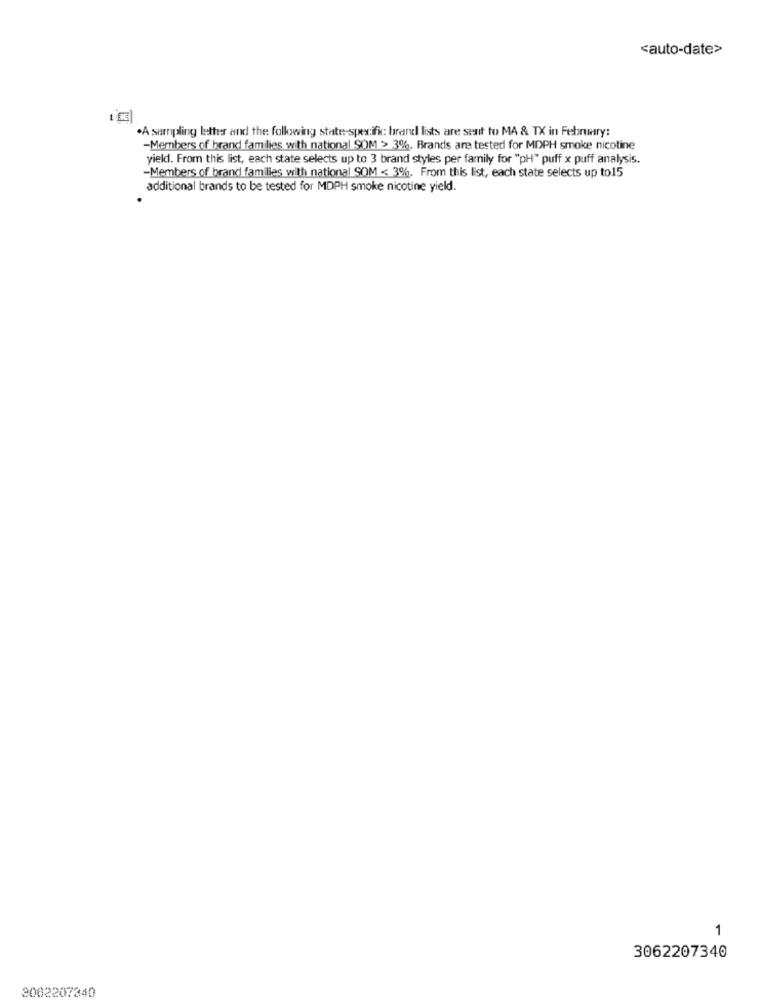
<auto-date>
A sampling letter and the following state-specific brand lists are sent to MA & TX in February:
-Members of brand families with national SOM > 3%. Brands are tested for MDPH smoke nicotine
yield. From this list, each state selects up to 3 brand styles per farnily for "pH" puff x puff analysis.
-Members of brand families with national SOM << 3%, From this list, each state selects up to15
additional brands to be tested for MDPH smoke nicotine yield.
1
3062207340
3062207340